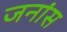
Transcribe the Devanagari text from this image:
जनांस